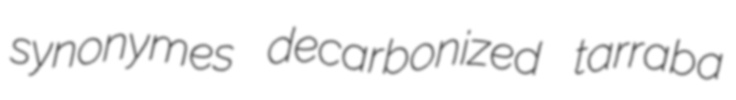
synonymes decarbonized tarraba